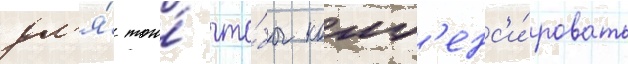
дл'я́ того́ что́бы комп'енс'и́ровать